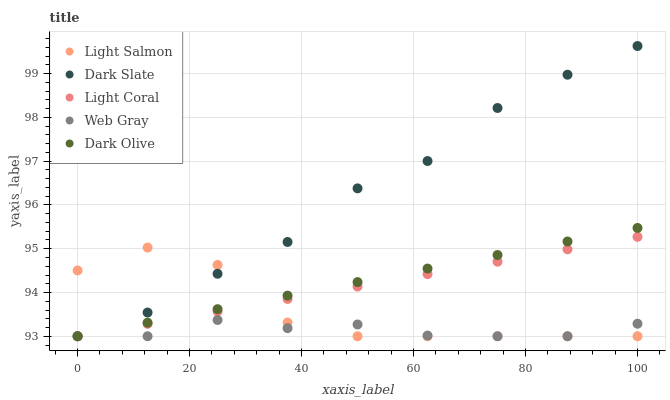
| xaxis_label | Light Salmon | Dark Slate | Light Coral | Web Gray | Dark Olive |
 | --- | --- | --- | --- | --- | --- |
 | 0 | 94.5 | 93 | 93 | 93 | 93 |
 | 12.5 | 95 | 93.5 | 93.3 | 93 | 93.3 |
 | 25 | 94.6 | 94.4 | 93.6 | 93.4 | 93.6 |
 | 37.5 | 93.3 | 95.2 | 93.9 | 93.2 | 93.9 |
 | 50 | 93 | 96.4 | 94.1 | 93.3 | 94.2 |
 | 62.5 | 93 | 97 | 94.4 | 93 | 94.5 |
 | 75 | 93 | 98.2 | 94.7 | 93 | 94.9 |
 | 87.5 | 93 | 99 | 95 | 93 | 95.2 |
 | 100 | 93 | 99.6 | 95.3 | 93.3 | 95.5 |